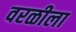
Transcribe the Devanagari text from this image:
वरळीला